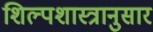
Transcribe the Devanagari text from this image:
शिल्पशास्त्रानुसार